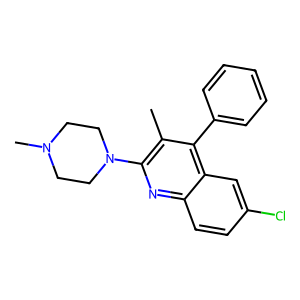
SMILES: Cc1c(N2CCN(C)CC2)nc2ccc(Cl)cc2c1-c1ccccc1
Inhibits HIV replication: No